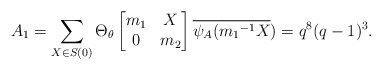
\begin{align*} A_{1}=\sum_{X \in S(0)}\Theta_{\theta} \begin{bmatrix} m_{1} & X\\ 0 & m_{2}\end{bmatrix}\overline{\psi_A({m_{1}}^{-1}X})=q^{8}(q-1)^{3}.\end{align*}